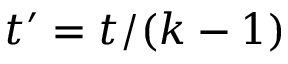
t ^ { \prime } = t / ( k - 1 )